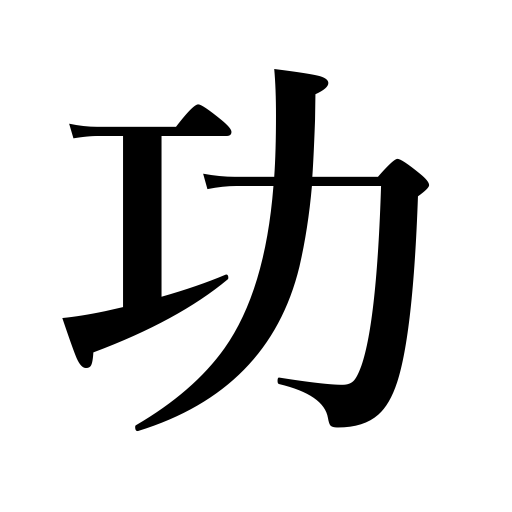
Meanings: class in court orders,meritorious deeds,success,honor,effect,merits,credit